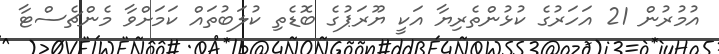
އުމުރުން 21 އަހަރުގެ ކުޅުންތެރިޔާ އަކީ ޔޫރަޕުގެ ބޮޑެތި ކުލަބުތައް ކަމަށްވާ މެންޗެސްޓާ